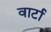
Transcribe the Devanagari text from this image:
वार्टा